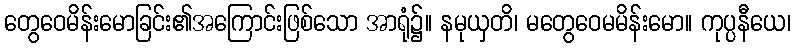
တွေဝေမိန်းမောခြင်း၏အကြောင်းဖြစ်သော အာရုံ၌။ နမုယှတိ၊ မတွေဝေမမိန်းမော။ ကုပ္ပနီယေ၊